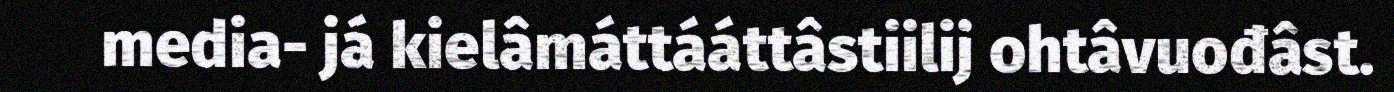
media- já kielâmáttááttâstiilij ohtâvuođâst.